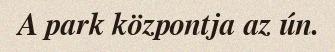
A park központja az ún.